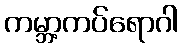
ကမ္ဘာ့ကပ်ရောဂါ